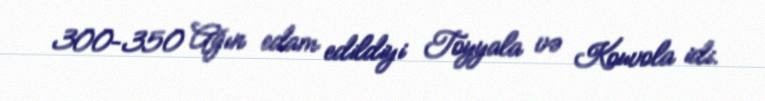
300–350 Ağın edam edildiyi Toyyala və Kouvola idi.